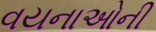
વયનાઓની